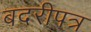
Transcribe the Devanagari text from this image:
बदरीपत्र